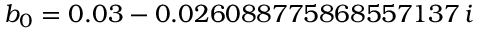
b _ { 0 } = 0 . 0 3 - 0 . 0 2 6 0 8 8 7 7 5 8 6 8 5 5 7 1 3 7 \, i